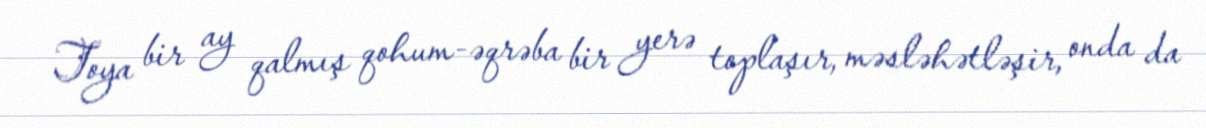
Toya bir ay qalmış qohum-əqrəba bir yerə toplaşır, məsləhətləşir, onda da